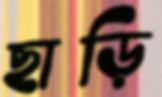
ছাড়ি